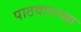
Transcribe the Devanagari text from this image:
पाठवायच्या